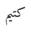
كتيم